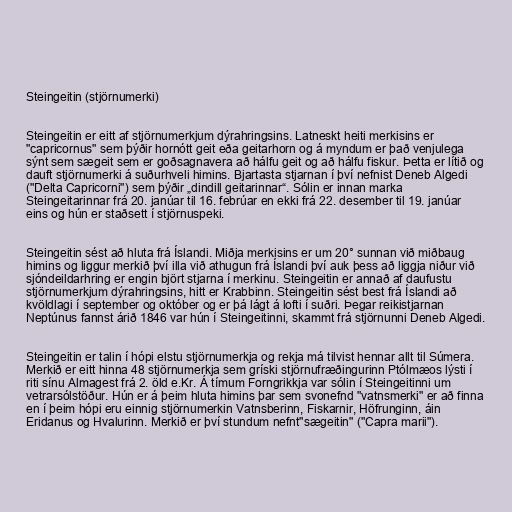
Steingeitin (stjörnumerki)

Steingeitin er eitt af stjörnumerkjum dýrahringsins. Latneskt heiti merkisins er
"capricornus" sem þýðir hornótt geit eða geitarhorn og á myndum er það venjulega
sýnt sem sægeit sem er goðsagnavera að hálfu geit og að hálfu fiskur. Þetta er lítið og
dauft stjörnumerki á suðurhveli himins. Bjartasta stjarnan í því nefnist Deneb Algedi
("Delta Capricorni") sem þýðir „dindill geitarinnar“. Sólin er innan marka
Steingeitarinnar frá 20. janúar til 16. febrúar en ekki frá 22. desember til 19. janúar
eins og hún er staðsett í stjörnuspeki.

Steingeitin sést að hluta frá Íslandi. Miðja merkisins er um 20° sunnan við miðbaug
himins og liggur merkið því illa við athugun frá Íslandi því auk þess að liggja niður við
sjóndeildarhring er engin björt stjarna í merkinu. Steingeitin er annað af daufustu
stjörnumerkjum dýrahringsins, hitt er Krabbinn. Steingeitin sést best frá Íslandi að
kvöldlagi í september og október og er þá lágt á lofti í suðri. Þegar reikistjarnan
Neptúnus fannst árið 1846 var hún í Steingeitinni, skammt frá stjörnunni Deneb Algedi.

Steingeitin er talin í hópi elstu stjörnumerkja og rekja má tilvist hennar allt til Súmera.
Merkið er eitt hinna 48 stjörnumerkja sem gríski stjörnufræðingurinn Ptólmæos lýsti í
riti sínu Almagest frá 2. öld e.Kr. Á tímum Forngrikkja var sólin í Steingeitinni um
vetrarsólstöður. Hún er á þeim hluta himins þar sem svonefnd "vatnsmerki" er að finna
en í þeim hópi eru einnig stjörnumerkin Vatnsberinn, Fiskarnir, Höfrunginn, áin
Eridanus og Hvalurinn. Merkið er því stundum nefnt"sægeitin" ("Capra marii").